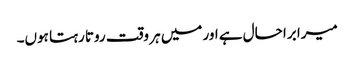
میرا برا حال ہے اور میں ہر وقت روتا رہتا ہوں۔